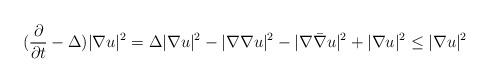
LaTeX: \begin{align*}(\frac{\partial}{\partial t}-\Delta)|\nabla u|^2&=\Delta |\nabla u|^2-|\nabla\nabla u|^2-|\nabla\bar{\nabla}u|^2+|\nabla u|^2\le |\nabla u|^2 \end{align*}